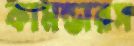
কামন্ডারস